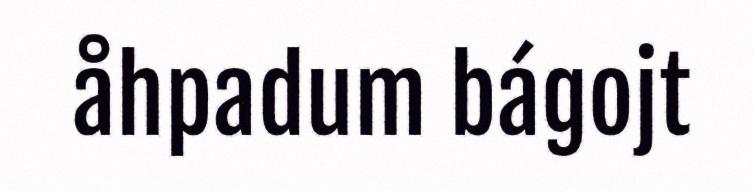
åhpadum bágojt